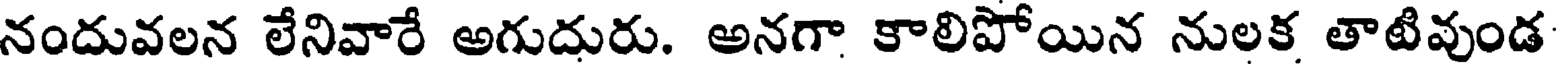
నందువలన లేనివారే అగుదురు. అనగా కాలిపోయిన నులక తాటివుండ